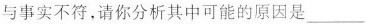
与事实不符，请你分析其中可能的原因是___。